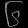
Digit: ၆